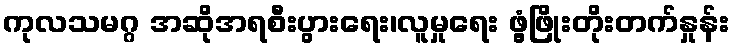
ကုလသမဂ္ဂ အဆိုအရစီးပွားရေး၊လူမှုရေး ဖွံ့ဖြိုးတိုးတက်နှုန်း